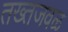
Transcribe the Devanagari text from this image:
तख्तजवळ